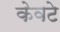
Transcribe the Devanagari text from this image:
केवटे